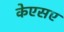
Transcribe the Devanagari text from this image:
केएसए